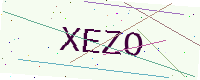
Text: XEZO